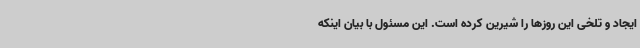
ایجاد و تلخی این روزها را شیرین کرده است. این مسئول با بیان اینکه